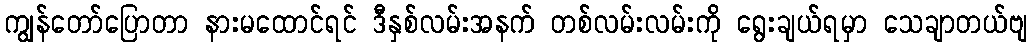
ကျွန်တော်ပြောတာ နားမထောင်ရင် ဒီနှစ်လမ်းအနက် တစ်လမ်းလမ်းကို ရွေးချယ်ရမှာ သေချာတယ်ဗျ